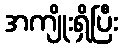
အကျိုးရှိပြီး